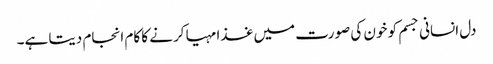
دل انسانی جسم کو خون کی صورت میں غذا مہیا کرنے کا کام انجام دیتا ہے۔